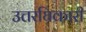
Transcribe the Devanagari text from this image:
उत्तरघिकारी